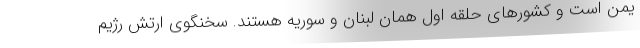
یمن است و کشورهای حلقه اول همان لبنان و سوریه هستند. سخنگوی ارتش رژیم